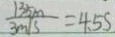
\frac { 1 3 5 m } { 3 m / s } = 4 . 5 5